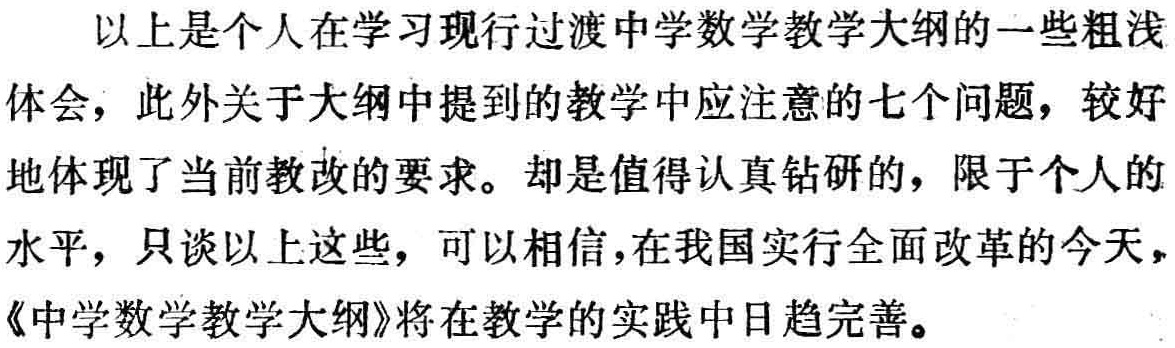
以上是个人在学习现行过渡中学数学教学大纲的一些粗浅体会，此外关于大纲中提到的教学中应注意的七个问题，较好地体现了当前教改的要求。却是值得认真钻研的，限于个人的水平，只谈以上这些，可以相信，在我国实行全面改革的今天，《中学数学教学大纲》将在教学的实践中日趋完善。